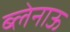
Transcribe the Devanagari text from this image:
ब्लेनाऊ